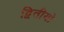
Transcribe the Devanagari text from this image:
द्वितीयो